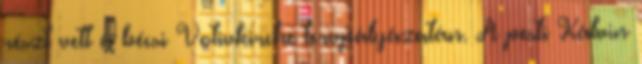
részt vett a bécsi Votivkirche tervpályázatán. A pesti Kálvin